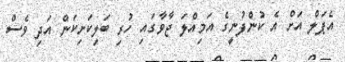
އެޕަލް އަށް އެ ކުންފުނީގެ އަމިއްލަ ޖާވާގައި ހުރި ބަލިކަށިކަން އަދި ވެސް